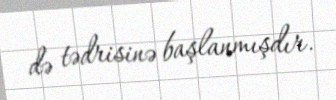
də tədrisinə başlanmışdır.